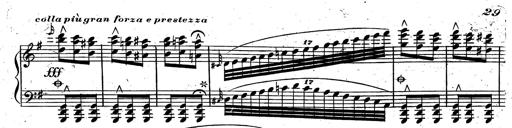
Title: Rondeau fantastique sur un thÃ¨me espagnol
Composer: Franz Liszt